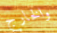
والخارج